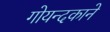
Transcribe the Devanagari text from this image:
गोयन्‍दकाने